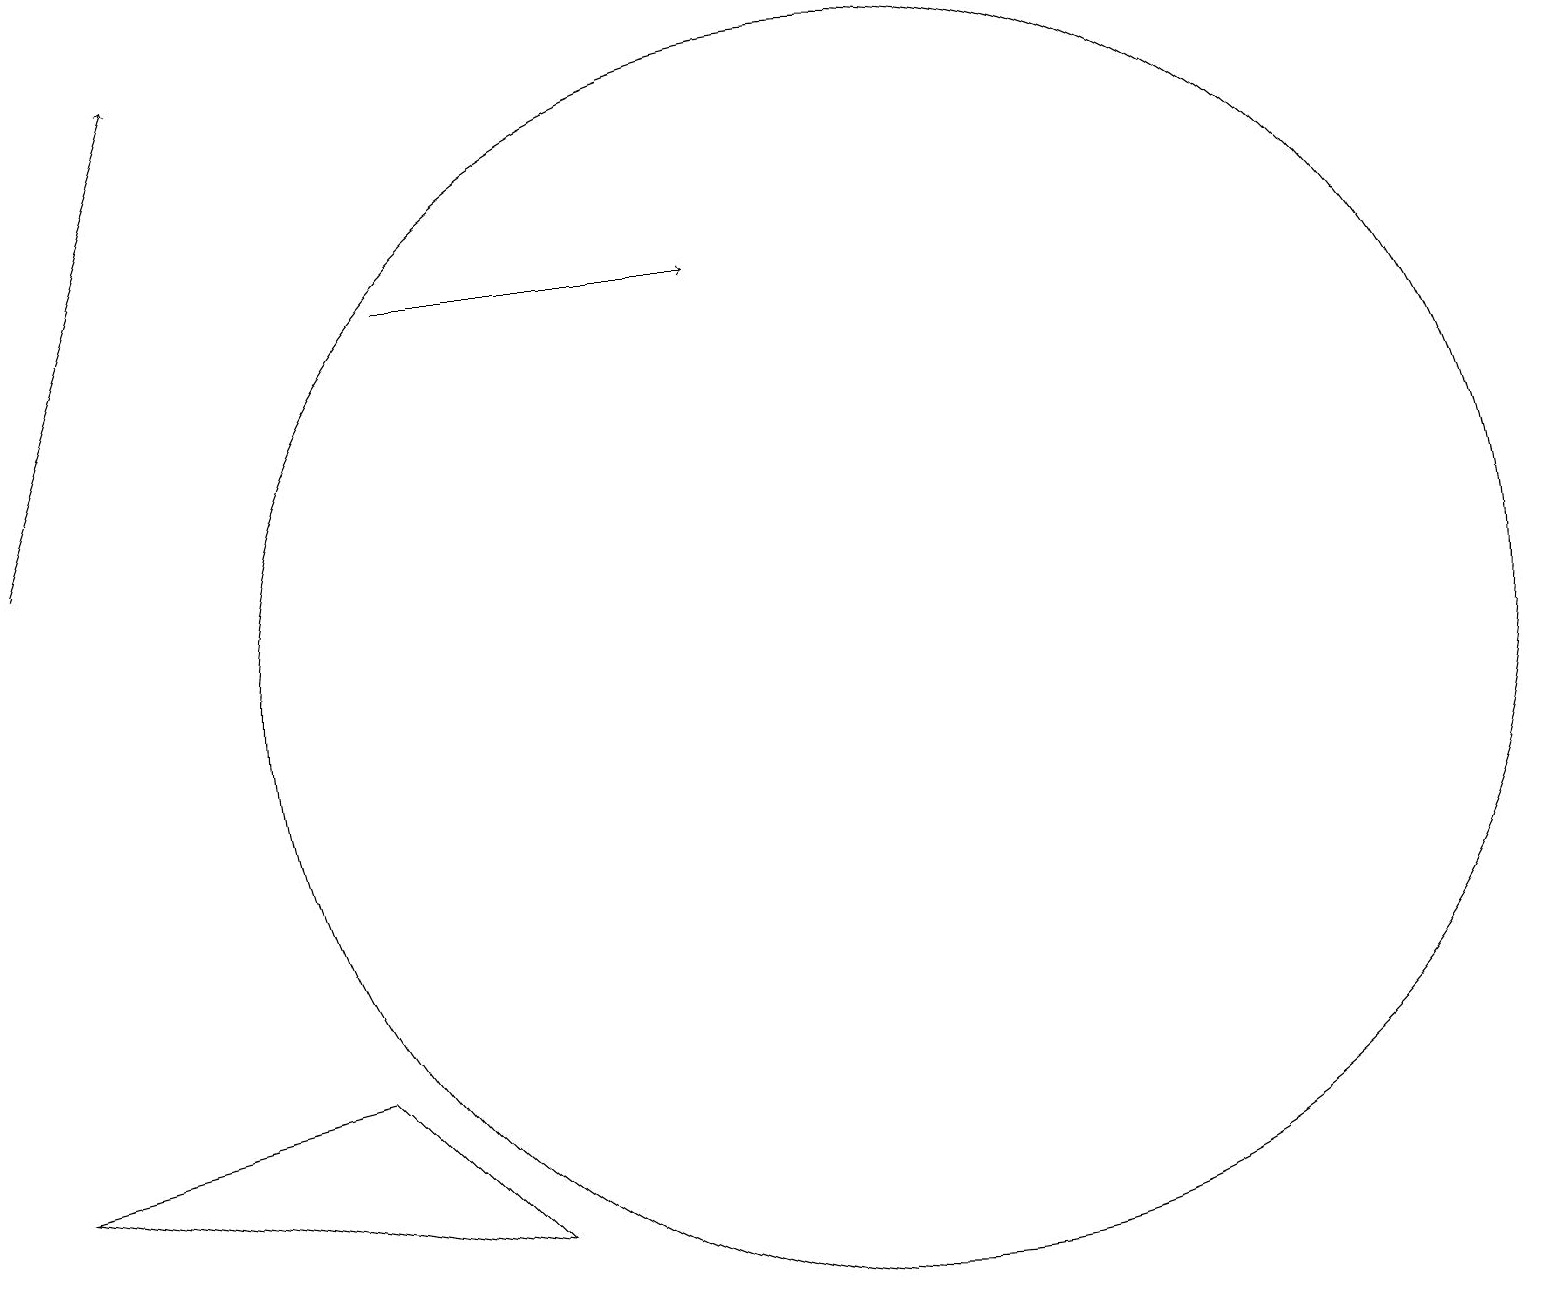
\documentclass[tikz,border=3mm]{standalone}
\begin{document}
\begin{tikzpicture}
\draw[->] (0,12) -- (2,18);
\draw (11,10) circle (8);
\draw (0,4) -- (4,5) -- (6,3) -- cycle;
\draw[->] (5,15) -- (9,15);
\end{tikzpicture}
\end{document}